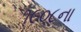
૧૯૦૮ના